65_HS1-834228961_62-HQ-83894_Serial_164
Agency: FBI
Page 107
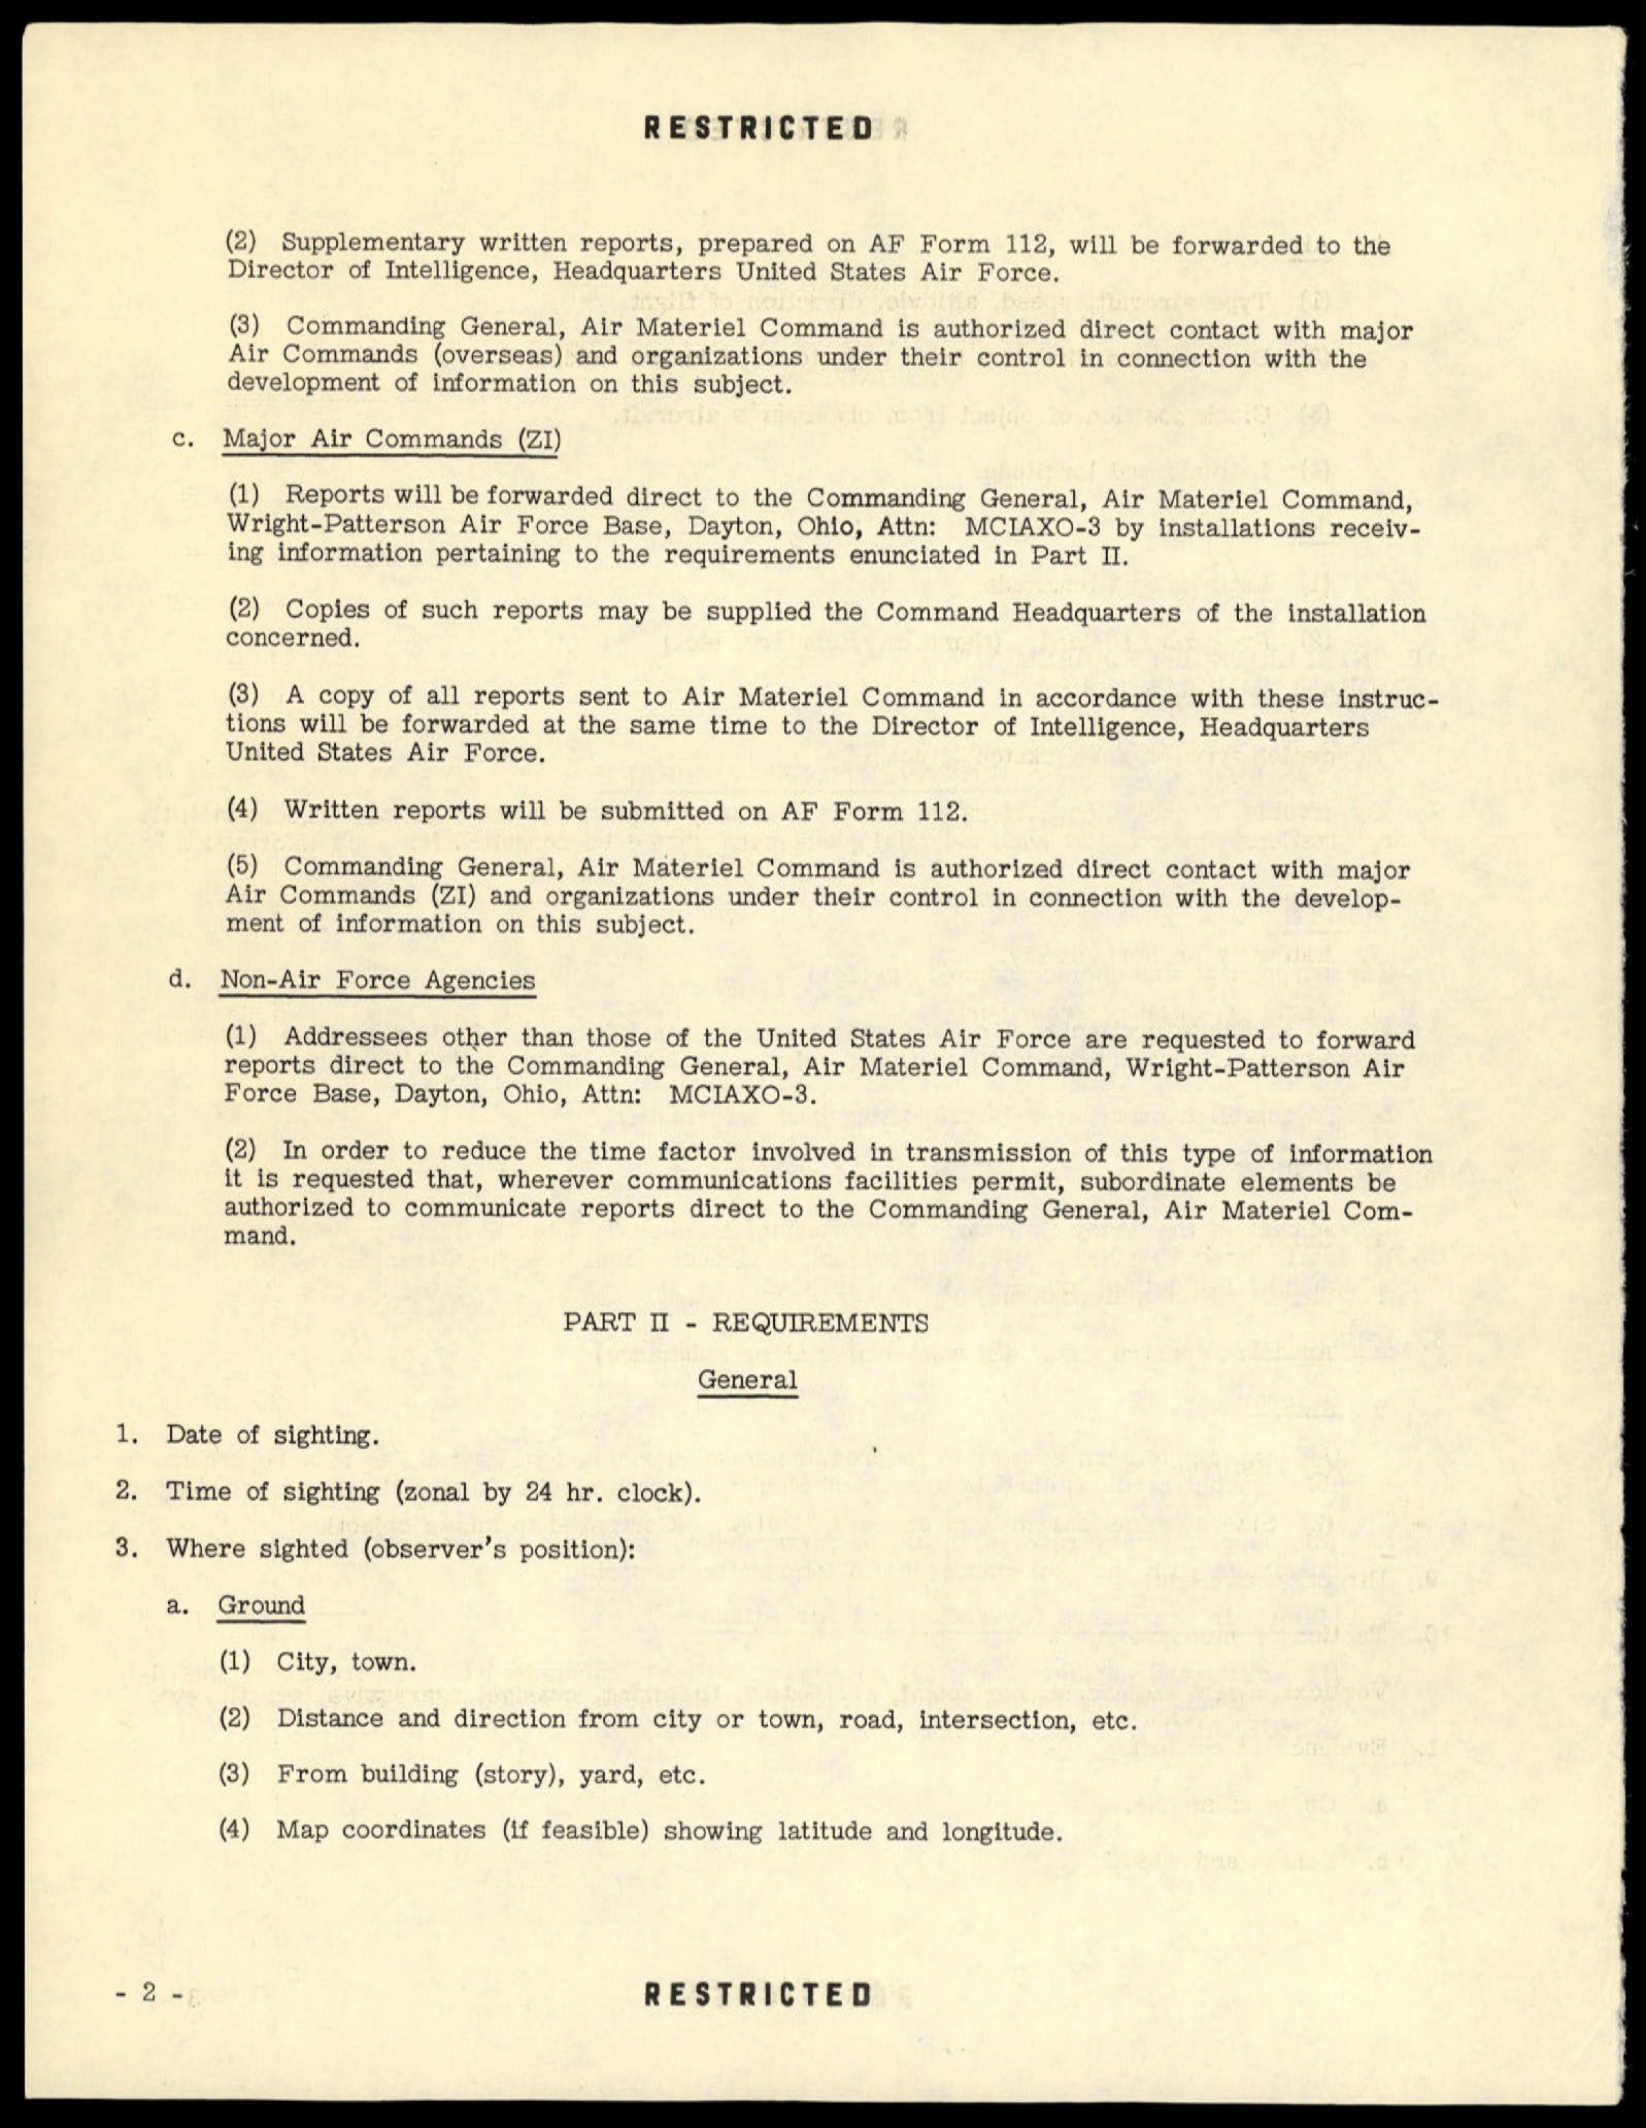